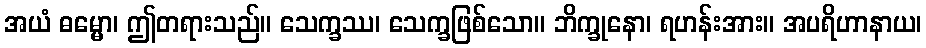
အယံ ဓမ္မော၊ ဤတရားသည်။ သေက္ခဿ၊ သေက္ခဖြစ်သော။ ဘိက္ခုနော၊ ရဟန်းအား။ အပရိဟာနာယ၊